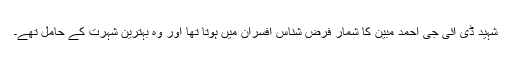
شہید ڈی آئی جی احمد مبین کا شمار فرض شناس افسران میں ہوتا تھا اور وہ بہترین شہرت کے حامل تھے۔